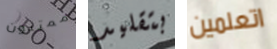
ممتنون بتقليد اتعلمين